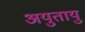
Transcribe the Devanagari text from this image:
अयुतायु